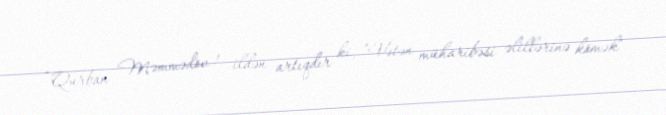
“Qurban Məmmədov 1 ildən artıqdır ki, ”Vətən müharibəsi əlillərinə kömək"